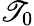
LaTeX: \mathscr{T}_{0}